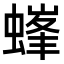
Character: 𧏢